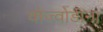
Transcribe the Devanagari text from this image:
वोज्वोडीना